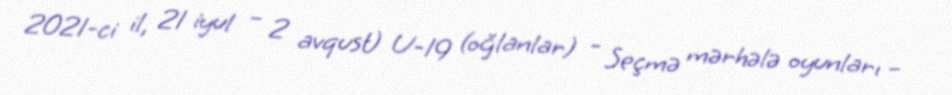
2021-ci il, 21 iyul – 2 avqust) U-19 (oğlanlar) - Seçmə mərhələ oyunları –